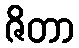
ဇိတာ